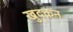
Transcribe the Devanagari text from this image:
खुद्कन